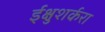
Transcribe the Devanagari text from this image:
ईक्षुशर्करा